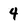
Character: 4